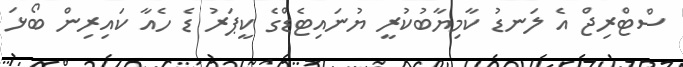
ސްޓްރިޖް އެ ލަނޑު ކާމިޔާބުކުރީ ޔުނައިޓެޑްގެ ކީޕަރު ޑެ ހެއާ ކައިރިން ބޯޅަ